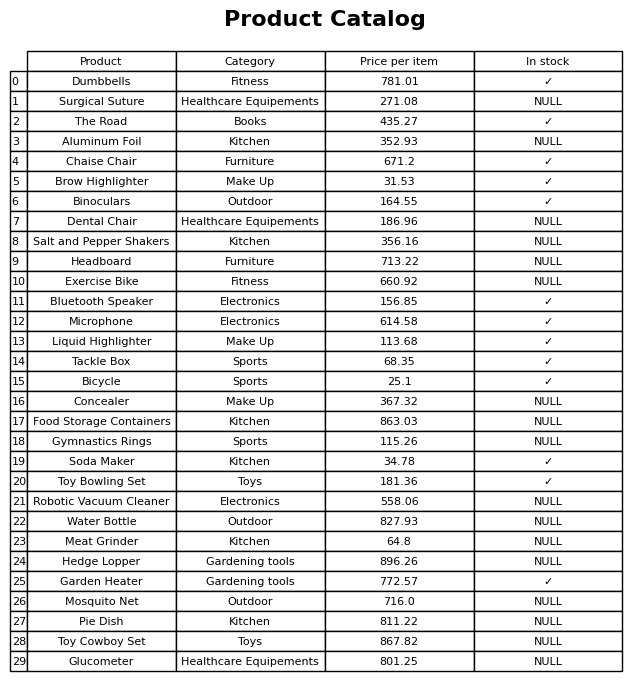
question: What is the price of the Garden Heater?
answer: The price of Garden Heater is 772.57.